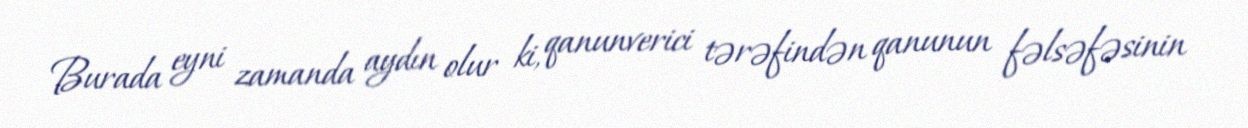
Burada eyni zamanda aydın olur ki, qanunverici tərəfindən qanunun fəlsəfəsinin